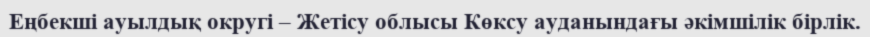
Еңбекші ауылдық округі – Жетісу облысы Көксу ауданындағы әкімшілік бірлік.